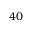
4 0